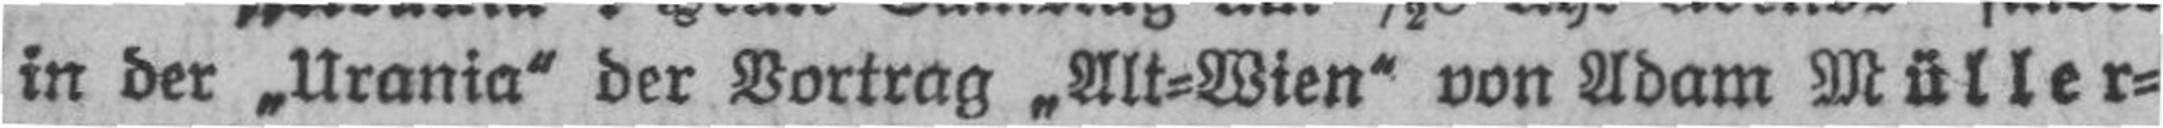
in der „Urania“ der Vortrag „Alt=Wien“ von Adam Müller=